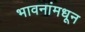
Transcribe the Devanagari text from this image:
भावनांमधून